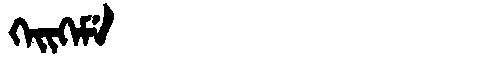
Manchu: ᡴᡝᡳᡴᡝᠮᡝ
Romanization: KEIKEME